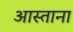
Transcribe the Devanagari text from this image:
आस्ताना